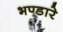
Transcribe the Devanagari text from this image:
भण्‍डारे